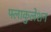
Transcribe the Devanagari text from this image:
फ्लाकुलेशन